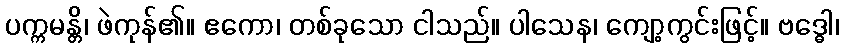
ပက္ကမန္တိ၊ ဖဲကုန်၏။ ဧကော၊ တစ်ခုသော ငါသည်။ ပါသေန၊ ကျော့ကွင်းဖြင့်။ ဗဒ္ဓေါ၊